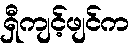
ရှီကျင့်ဖျင်က